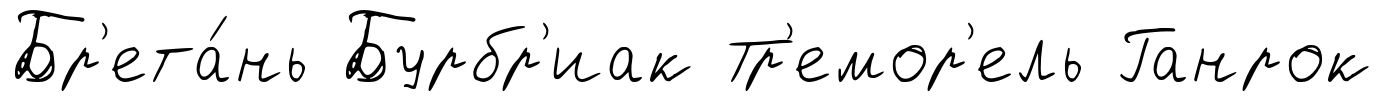
Бр'ета́нь Бурбр'иак Тр'емор'ель Ганрок